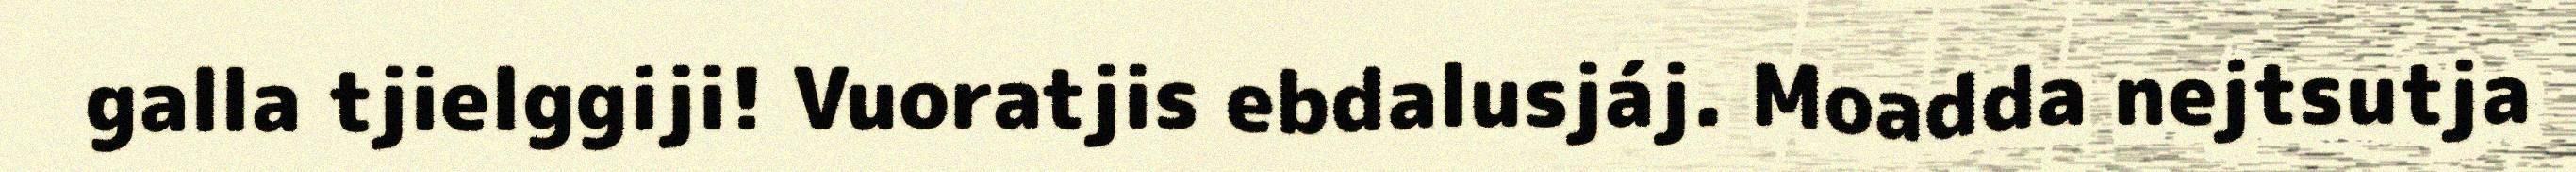
galla tjielggiji! Vuoratjis ebdalusjáj. Moadda nejtsutja